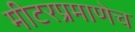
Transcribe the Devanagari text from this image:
मीटरप्रमाणेच